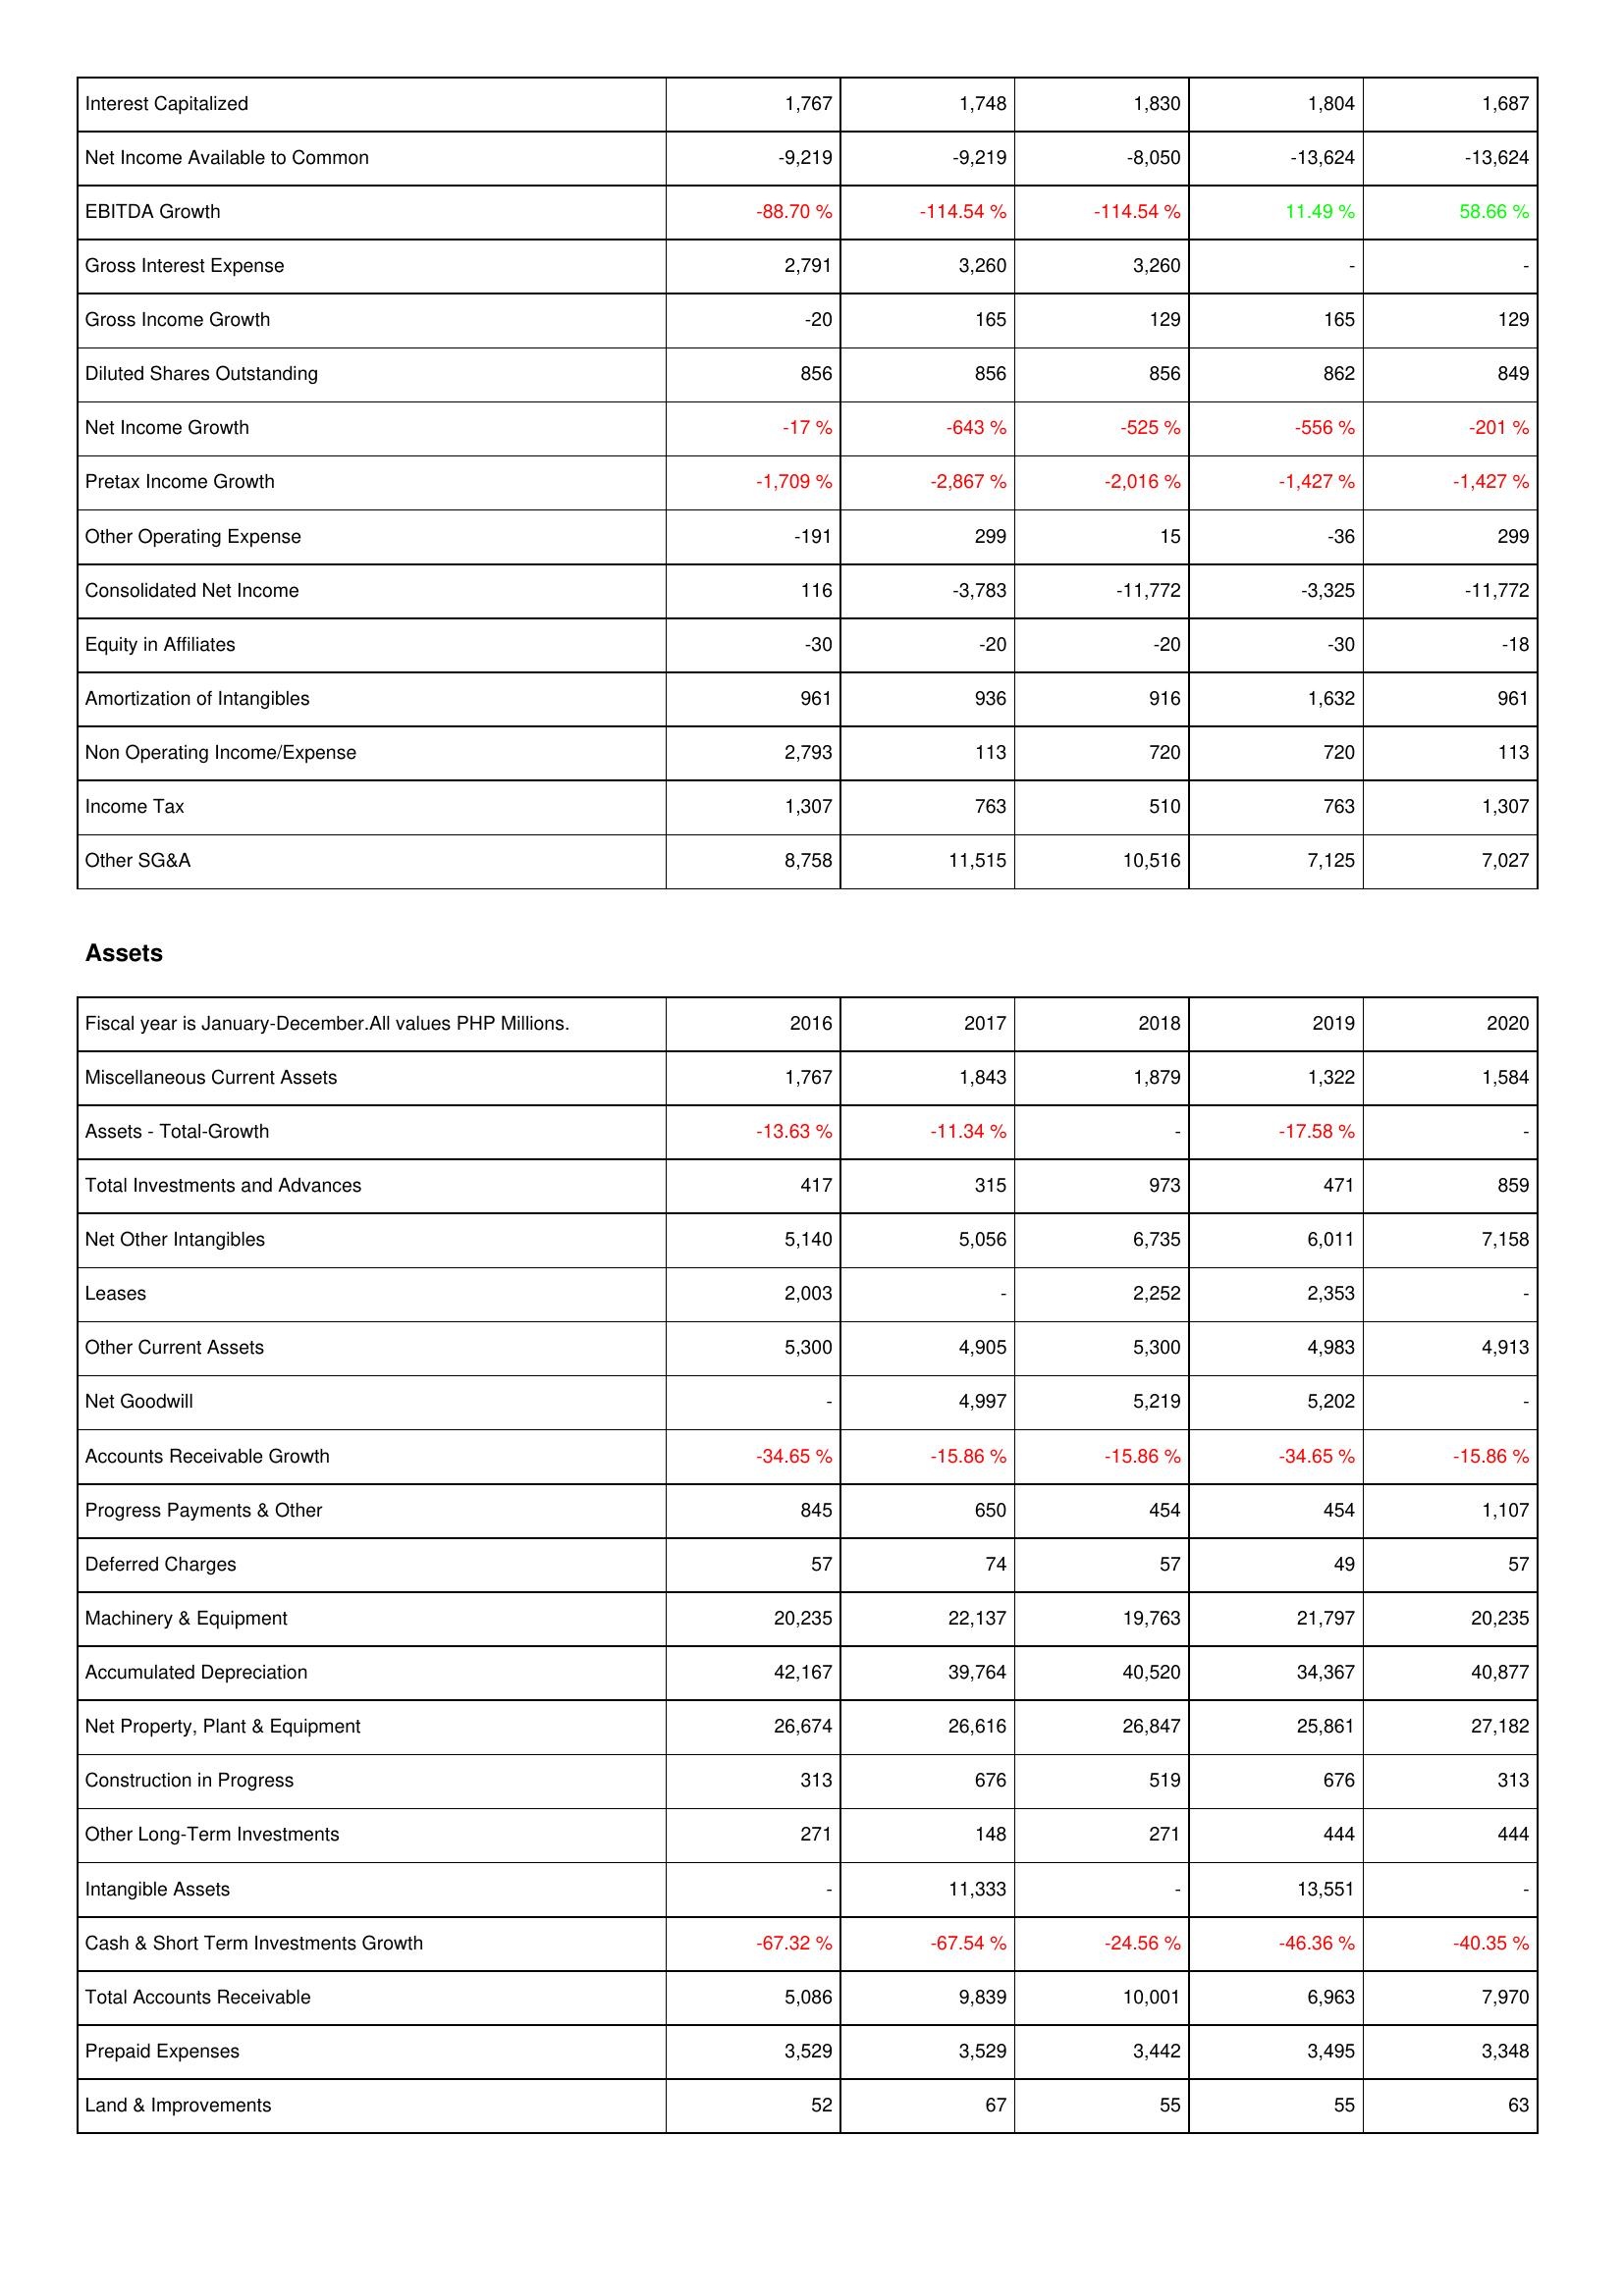
2016: Income Statement: Interest Capitalized: 1,767
Net Income Available to Common: -9,219
EBITDA Growth: -88.70 %
Gross Interest Expense: 2,791
Gross Income Growth: -20
Diluted Shares Outstanding: 856
Net Income Growth: -17 %
Pretax Income Growth: -1,709 %
Other Operating Expense: -191
Consolidated Net Income: 116
Equity in Affiliates: -30
Amortization of Intangibles: 961
Non Operating Income/Expense: 2,793
Income Tax: 1,307
Other SG&A: 8,758
Assets: Miscellaneous Current Assets: 1,767
Assets - Total-Growth: -13.63 %
Total Investments and Advances: 417
Net Other Intangibles: 5,140
Leases: 2,003
Other Current Assets: 5,300
Net Goodwill: -
Accounts Receivable Growth: -34.65 %
Progress Payments & Other: 845
Deferred Charges: 57
Machinery & Equipment: 20,235
Accumulated Depreciation: 42,167
Net Property, Plant & Equipment: 26,674
Construction in Progress: 313
Other Long-Term Investments: 271
Intangible Assets: -
Cash & Short Term Investments Growth: -67.32 %
Total Accounts Receivable: 5,086
Prepaid Expenses: 3,529
Land & Improvements: 52
2017: Income Statement: Interest Capitalized: 1,748
Net Income Available to Common: -9,219
EBITDA Growth: -114.54 %
Gross Interest Expense: 3,260
Gross Income Growth: 165
Diluted Shares Outstanding: 856
Net Income Growth: -643 %
Pretax Income Growth: -2,867 %
Other Operating Expense: 299
Consolidated Net Income: -3,783
Equity in Affiliates: -20
Amortization of Intangibles: 936
Non Operating Income/Expense: 113
Income Tax: 763
Other SG&A: 11,515
Assets: Miscellaneous Current Assets: 1,843
Assets - Total-Growth: -11.34 %
Total Investments and Advances: 315
Net Other Intangibles: 5,056
Leases: -
Other Current Assets: 4,905
Net Goodwill: 4,997
Accounts Receivable Growth: -15.86 %
Progress Payments & Other: 650
Deferred Charges: 74
Machinery & Equipment: 22,137
Accumulated Depreciation: 39,764
Net Property, Plant & Equipment: 26,616
Construction in Progress: 676
Other Long-Term Investments: 148
Intangible Assets: 11,333
Cash & Short Term Investments Growth: -67.54 %
Total Accounts Receivable: 9,839
Prepaid Expenses: 3,529
Land & Improvements: 67
2018: Income Statement: Interest Capitalized: 1,830
Net Income Available to Common: -8,050
EBITDA Growth: -114.54 %
Gross Interest Expense: 3,260
Gross Income Growth: 129
Diluted Shares Outstanding: 856
Net Income Growth: -525 %
Pretax Income Growth: -2,016 %
Other Operating Expense: 15
Consolidated Net Income: -11,772
Equity in Affiliates: -20
Amortization of Intangibles: 916
Non Operating Income/Expense: 720
Income Tax: 510
Other SG&A: 10,516
Assets: Miscellaneous Current Assets: 1,879
Assets - Total-Growth: -
Total Investments and Advances: 973
Net Other Intangibles: 6,735
Leases: 2,252
Other Current Assets: 5,300
Net Goodwill: 5,219
Accounts Receivable Growth: -15.86 %
Progress Payments & Other: 454
Deferred Charges: 57
Machinery & Equipment: 19,763
Accumulated Depreciation: 40,520
Net Property, Plant & Equipment: 26,847
Construction in Progress: 519
Other Long-Term Investments: 271
Intangible Assets: -
Cash & Short Term Investments Growth: -24.56 %
Total Accounts Receivable: 10,001
Prepaid Expenses: 3,442
Land & Improvements: 55
2019: Income Statement: Interest Capitalized: 1,804
Net Income Available to Common: -13,624
EBITDA Growth: 11.49 %
Gross Interest Expense: -
Gross Income Growth: 165
Diluted Shares Outstanding: 862
Net Income Growth: -556 %
Pretax Income Growth: -1,427 %
Other Operating Expense: -36
Consolidated Net Income: -3,325
Equity in Affiliates: -30
Amortization of Intangibles: 1,632
Non Operating Income/Expense: 720
Income Tax: 763
Other SG&A: 7,125
Assets: Miscellaneous Current Assets: 1,322
Assets - Total-Growth: -17.58 %
Total Investments and Advances: 471
Net Other Intangibles: 6,011
Leases: 2,353
Other Current Assets: 4,983
Net Goodwill: 5,202
Accounts Receivable Growth: -34.65 %
Progress Payments & Other: 454
Deferred Charges: 49
Machinery & Equipment: 21,797
Accumulated Depreciation: 34,367
Net Property, Plant & Equipment: 25,861
Construction in Progress: 676
Other Long-Term Investments: 444
Intangible Assets: 13,551
Cash & Short Term Investments Growth: -46.36 %
Total Accounts Receivable: 6,963
Prepaid Expenses: 3,495
Land & Improvements: 55
2020: Income Statement: Interest Capitalized: 1,687
Net Income Available to Common: -13,624
EBITDA Growth: 58.66 %
Gross Interest Expense: -
Gross Income Growth: 129
Diluted Shares Outstanding: 849
Net Income Growth: -201 %
Pretax Income Growth: -1,427 %
Other Operating Expense: 299
Consolidated Net Income: -11,772
Equity in Affiliates: -18
Amortization of Intangibles: 961
Non Operating Income/Expense: 113
Income Tax: 1,307
Other SG&A: 7,027
Assets: Miscellaneous Current Assets: 1,584
Assets - Total-Growth: -
Total Investments and Advances: 859
Net Other Intangibles: 7,158
Leases: -
Other Current Assets: 4,913
Net Goodwill: -
Accounts Receivable Growth: -15.86 %
Progress Payments & Other: 1,107
Deferred Charges: 57
Machinery & Equipment: 20,235
Accumulated Depreciation: 40,877
Net Property, Plant & Equipment: 27,182
Construction in Progress: 313
Other Long-Term Investments: 444
Intangible Assets: -
Cash & Short Term Investments Growth: -40.35 %
Total Accounts Receivable: 7,970
Prepaid Expenses: 3,348
Land & Improvements: 63